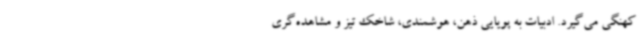
کهنگی می‌گیرد. ادبیات به پویایی ذهن، هوشمندی، شاخک تیز و مشاهده‌گری